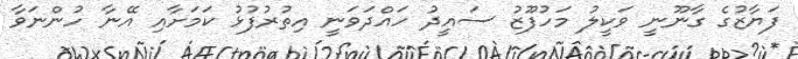
ފަޔާޒުގެ ގާނޫނީ ވަކީލު މަހުފޫޒު ސައީދު ހައްދަވަނީ އިތުރުފުޅު ކަމަށާއި އޭނާ ހުންނަވާ